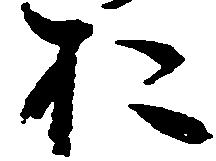
お